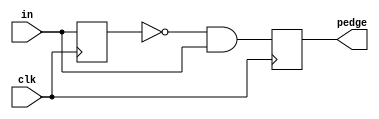
module top_module (
    input clk,
    input [7:0] in,
    output reg [7:0] pedge
);
    reg [7:0]Q;
    always @(posedge clk) begin
        Q <= in;
        pedge <= ~Q & in;
    end

endmodule